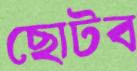
ছোটব